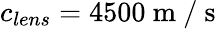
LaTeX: c_{lens}=4500\mathrm{~m~/~s~}